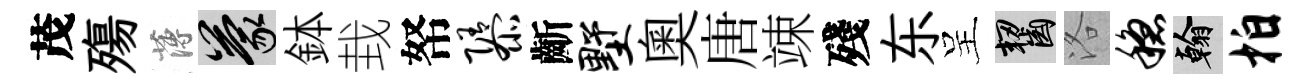
茂殤薄蒙鉢㘽帑隳齗墅奥唐竦殘东呈齧洛稳翰拍